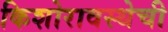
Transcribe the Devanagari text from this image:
किशोरावस्थेची